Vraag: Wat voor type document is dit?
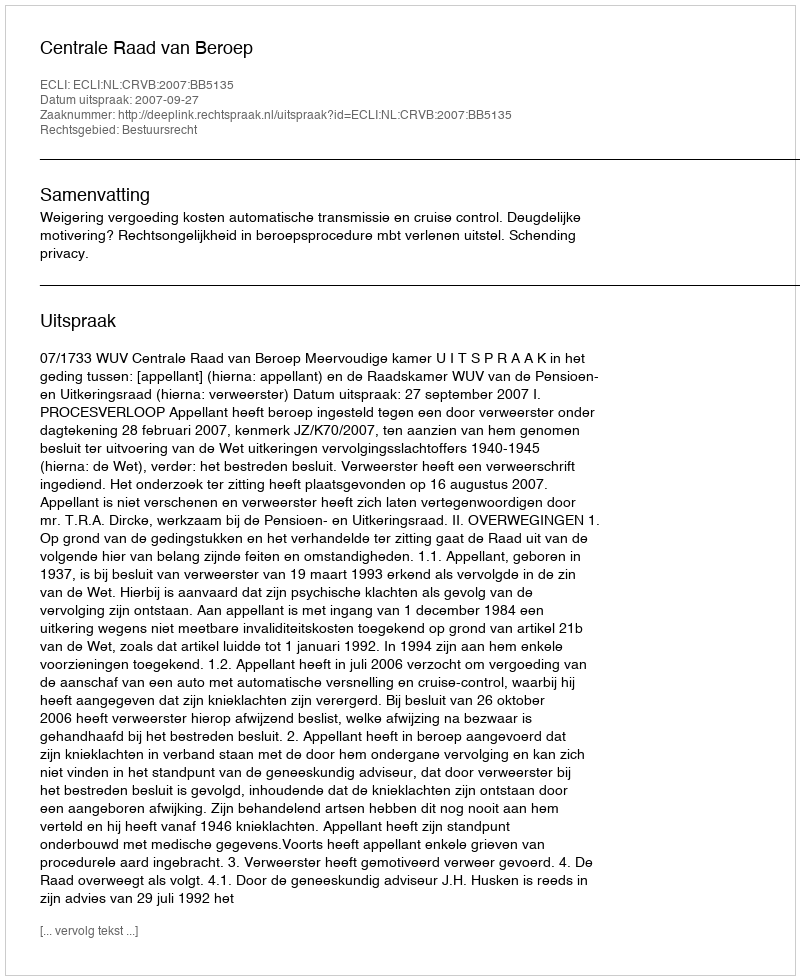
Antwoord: Uitspraak